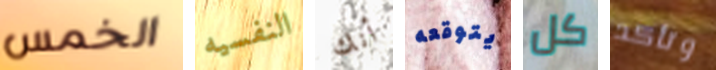
الخمس النفسيه أنك يتوقعه كل وتأكد